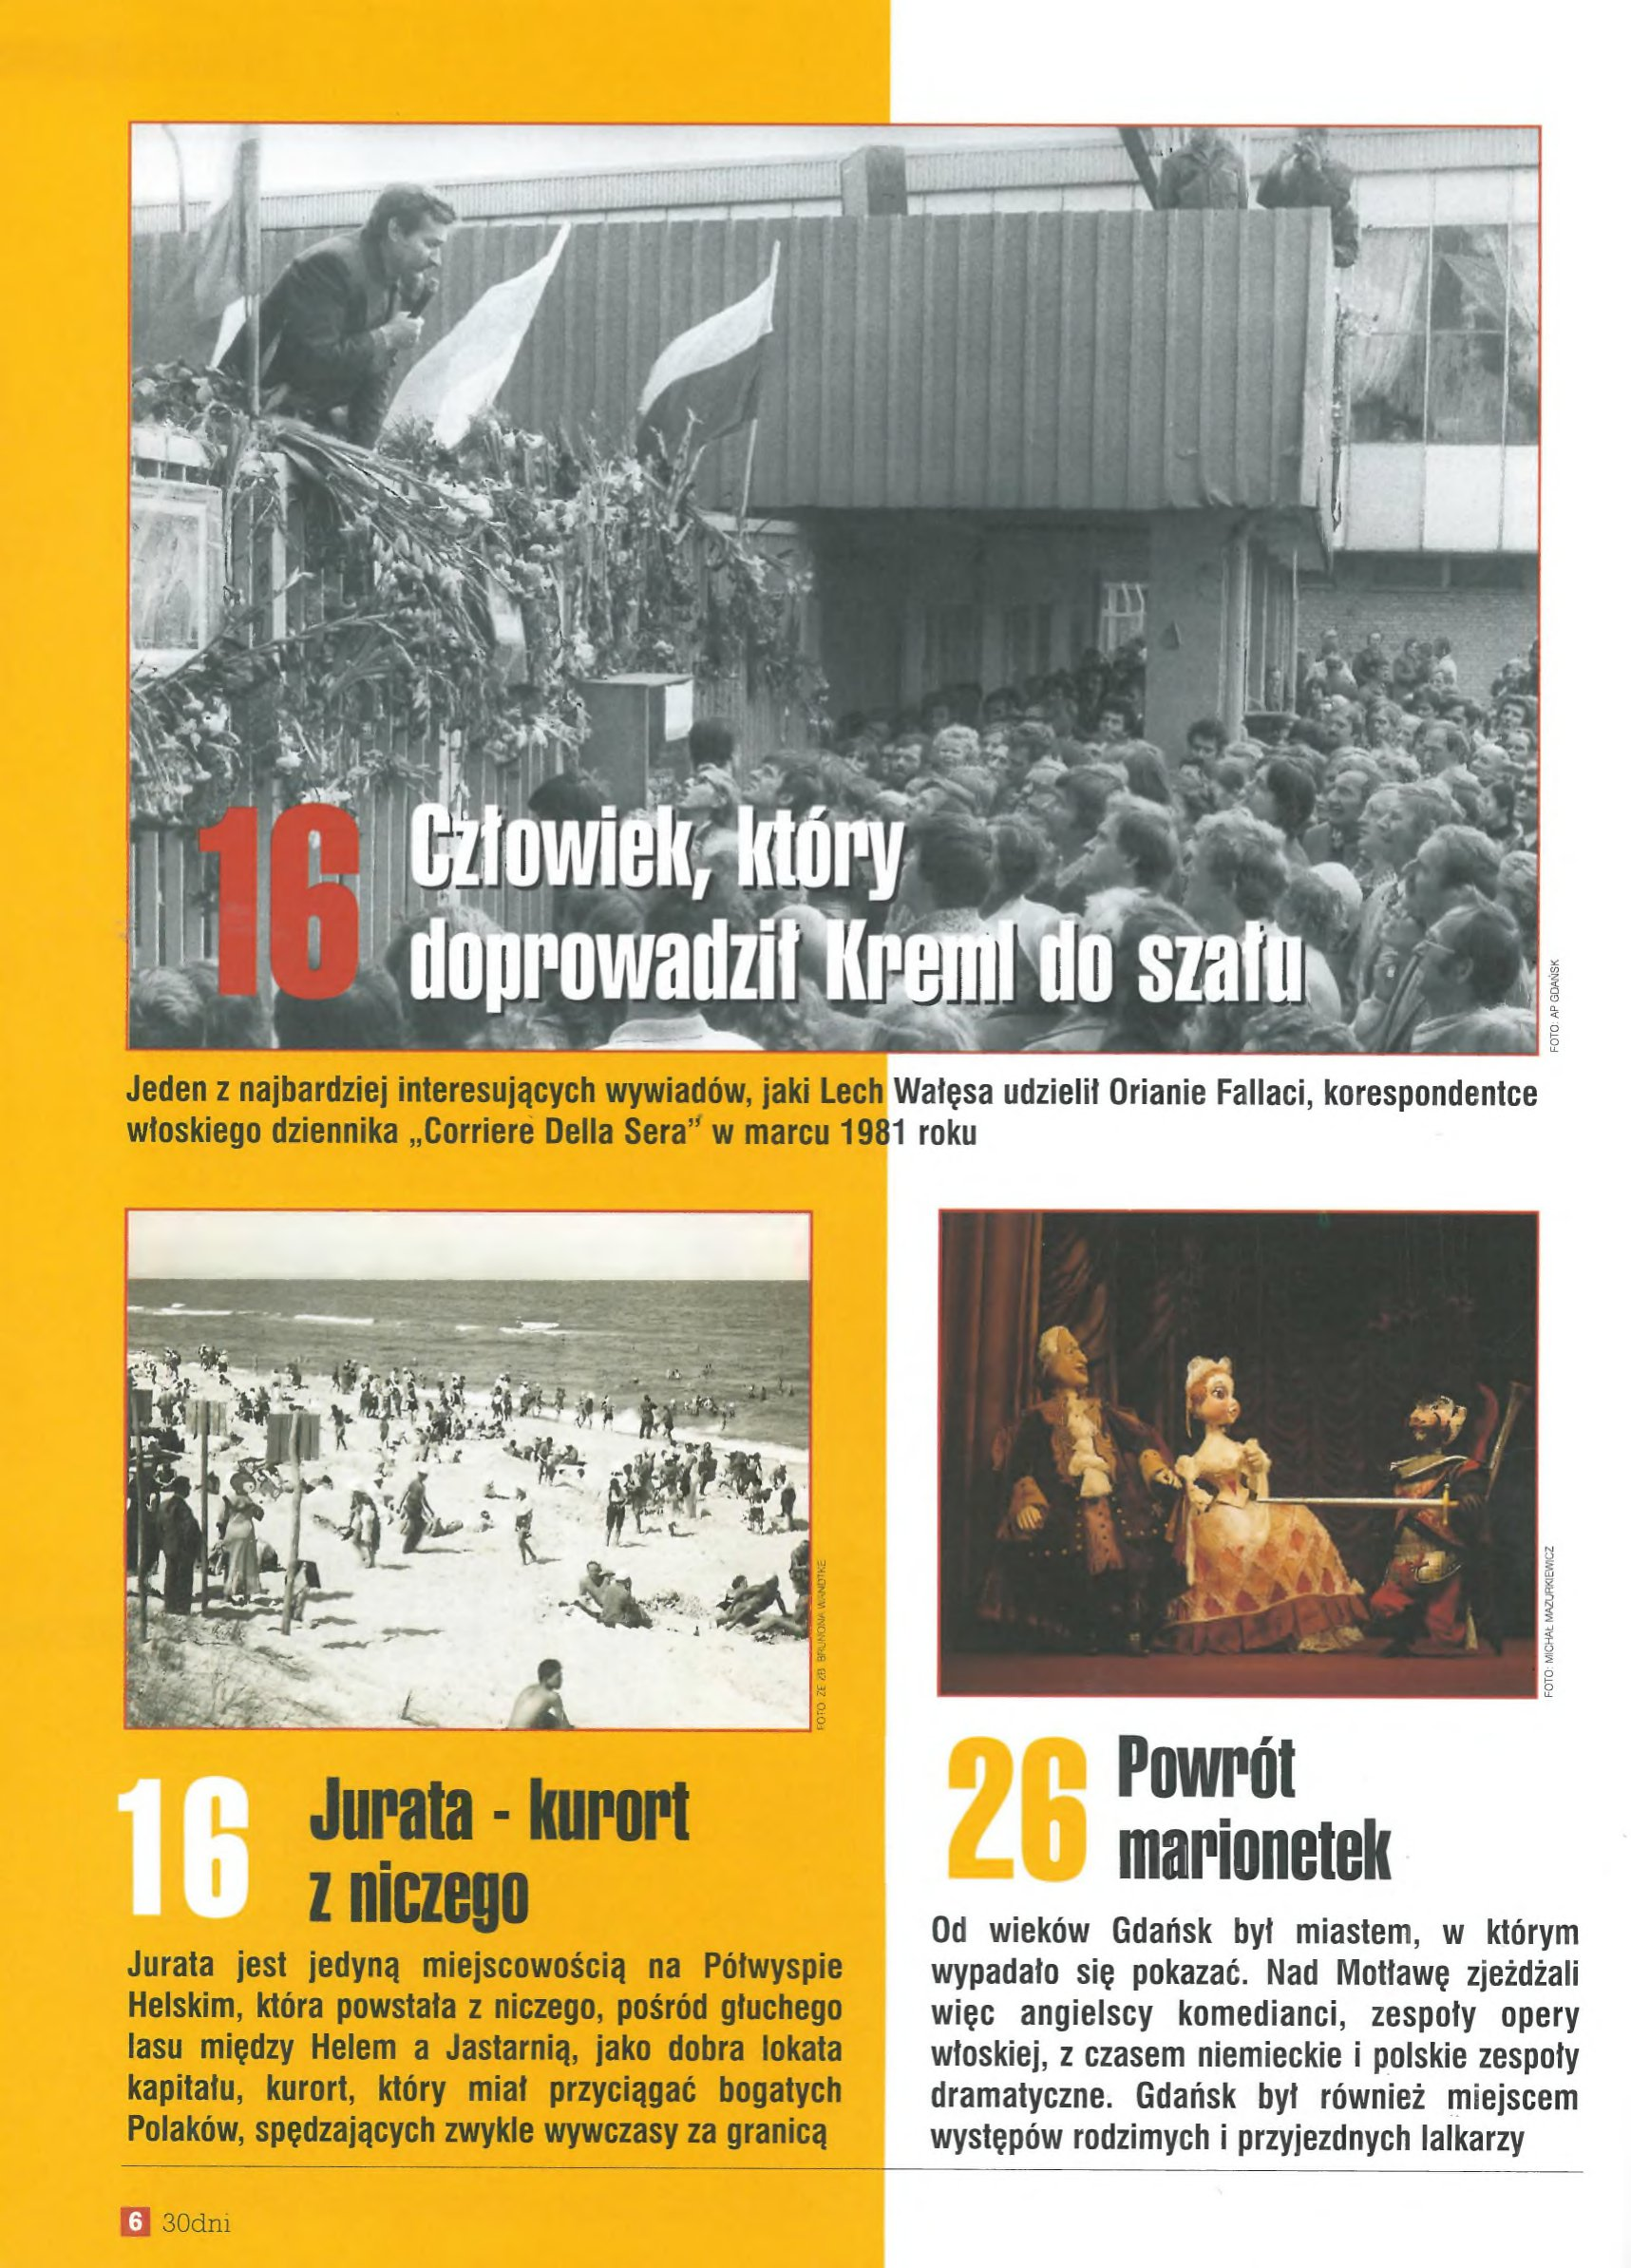
Language: pl